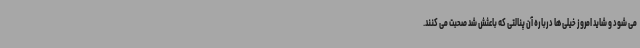
می شود و شاید امروز خیلی ها درباره آن پنالتی که باعثش شد صحبت می کنند.